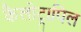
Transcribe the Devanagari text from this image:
कैलोट्रापिल